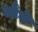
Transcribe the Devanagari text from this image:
औंधें